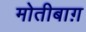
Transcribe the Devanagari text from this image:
मोतीबाग़